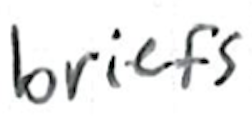
Text: briefs
Cross-out: clean
Writing tool: ballpoint